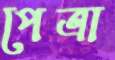
পেত্রা